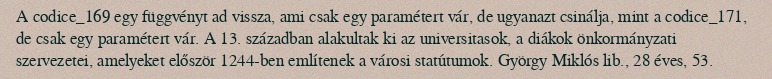
A codice_169 egy függvényt ad vissza, ami csak egy paramétert vár, de ugyanazt csinálja, mint a codice_171, de csak egy paramétert vár. A 13. században alakultak ki az universitasok, a diákok önkormányzati szervezetei, amelyeket először 1244-ben említenek a városi statútumok. György Miklós lib., 28 éves, 53.